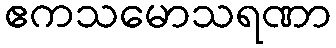
ဧကသမောသရဏာ